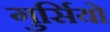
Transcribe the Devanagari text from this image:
गुर्सियो